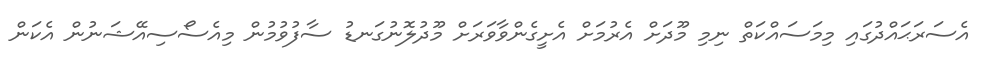
އެސަރަޙައްދުގައި މިމަސައްކަތް ނިމި މޫދަށް އެރުމަށް އެށީގެންވާވަރަށް މޫދުލޮނުގަނޑު ސާފުވުމުން މިއެސޯސިއޭޝަނުން އެކަން